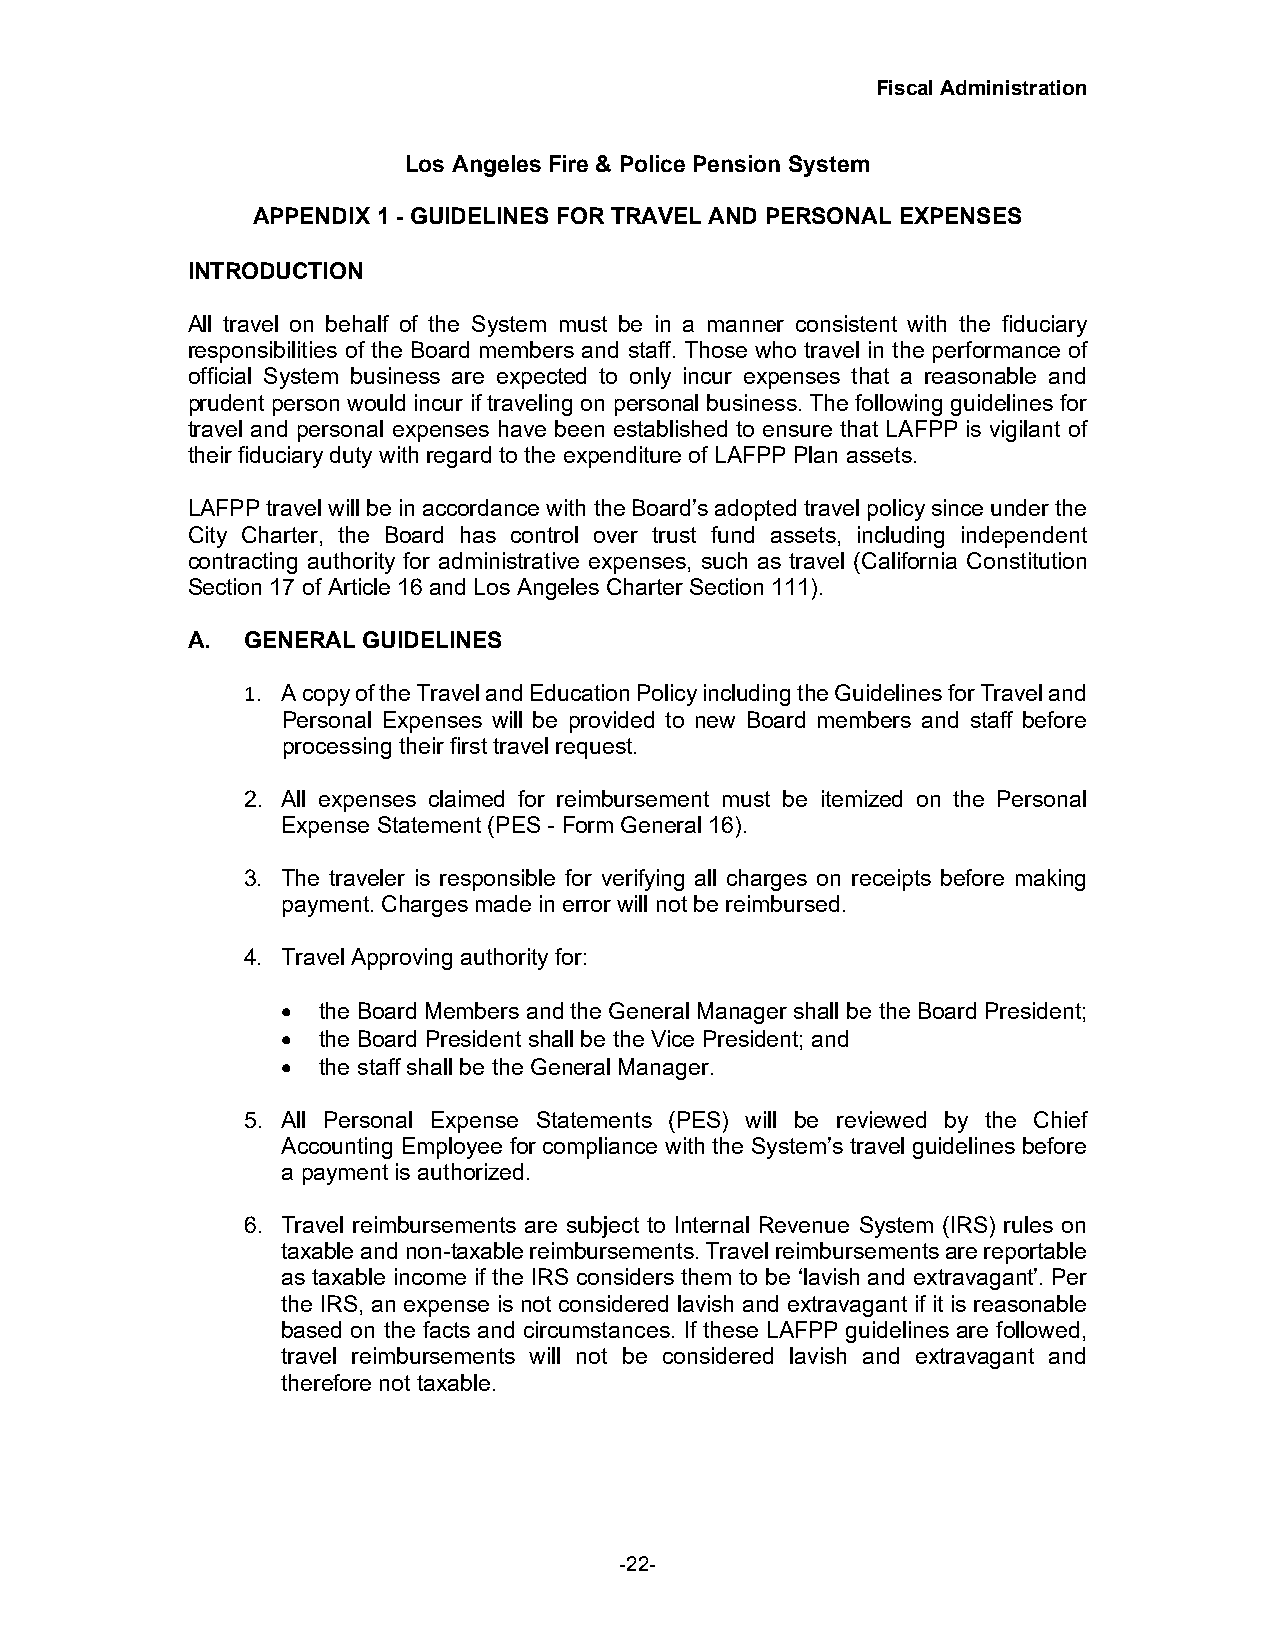
Fiscal Administration
 Los Angeles Fire & Police Pension System
 APPENDIX 1 - GUIDELINES FOR TRAVEL AND PERSONAL EXPENSES
 INTRODUCTION
 All travel on behalf of the System must be in a manner consistent with the fiduciary
 responsibilities of the Board members and staff. Those who travel in the performance of
 official System business are expected to only incur expenses that a reasonable and
 prudent person would incur if traveling on personal business. The following guidelines for
 travel and personal expenses have been established to ensure that LAFPP is vigilant of
 their fiduciary duty with regard to the expenditure of LAFPP Plan assets.
 LAFPP travel will be in accordance with the Board’s adopted travel policy since under the
 City Charter, the Board has control over trust fund assets, including independent
 contracting authority for administrative expenses, such as travel (California Constitution
 Section 17 of Article 16 and Los Angeles Charter Section 111).
 A.  GENERAL GUIDELINES
 1. A copy of the Travel and Education Policy including the Guidelines for Travel and
 Personal Expenses will be provided to new Board members and staff before
 processing their first travel request.
 2. All expenses claimed for reimbursement must be itemized on the Personal
 Expense Statement (PES - Form General 16).
 3. The traveler is responsible for verifying all charges on receipts before making
 payment. Charges made in error will not be reimbursed.
 4. Travel Approving authority for:
 • the Board Members and the General Manager shall be the Board President;
 • the Board President shall be the Vice President; and
 • the staff shall be the General Manager.
 5. All Personal Expense Statements (PES) will be reviewed by the Chief
 Accounting Employee for compliance with the System’s travel guidelines before
 a payment is authorized.
 6. Travel reimbursements are subject to Internal Revenue System (IRS) rules on
 taxable and non-taxable reimbursements. Travel reimbursements are reportable
 as taxable income if the IRS considers them to be ‘lavish and extravagant’. Per
 the IRS, an expense is not considered lavish and extravagant if it is reasonable
 based on the facts and circumstances. If these LAFPP guidelines are followed,
 travel reimbursements will not be considered lavish and extravagant and
 therefore not taxable.
 -22-